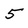
Character: 5